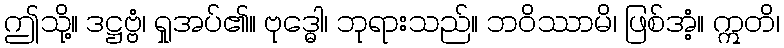
ဤသို့။ ဒဋ္ဌဗ္ဗံ၊ ရှုအပ်၏။ ဗုဒ္ဓေါ၊ ဘုရားသည်။ ဘဝိဿာမိ၊ ဖြစ်အံ့။ ဣတိ၊